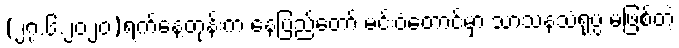
(၂၇.၆.၂၀၂၀)ရက်နေ့တုန်းက နေပြည်တော် မင်းဝံတောင်မှာ သာသနသံရုပ္ပ မဖြစ်တဲ့